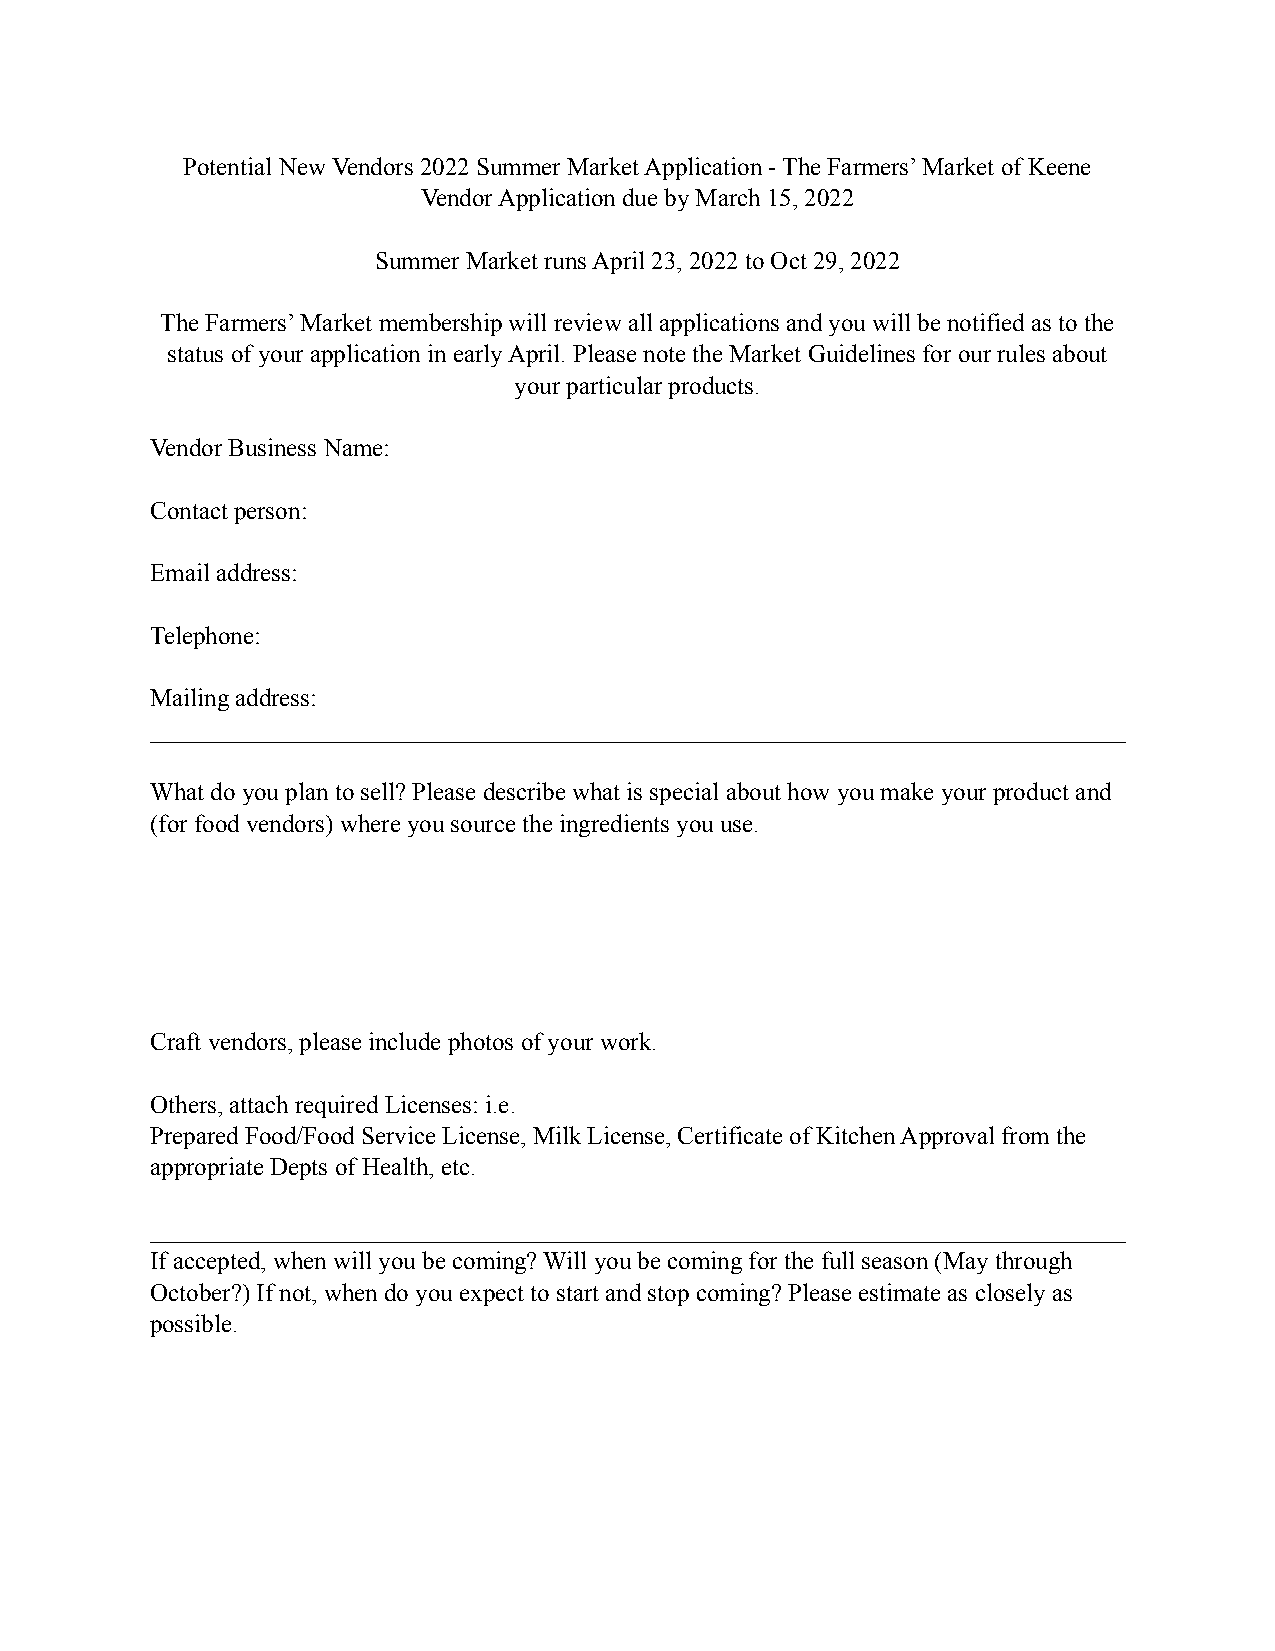
Potential New Vendors 2022 Summer Market Application - The Farmers’ Market of Keene
 Vendor Application due by March 15, 2022
 Summer Market runs April 23, 2022 to Oct 29, 2022
 The Farmers’ Market membership will review all applications and you will be notified as to the
 status of your application in early April. Please note the Market Guidelines for our rules about
 your particular products.
 Vendor Business Name:
 Contact person:
 Email address:
 Telephone:
 Mailing address:
 ______________________________________________________________________________
 What do you plan to sell? Please describe what is special about how you make your product and
 (for food vendors) where you source the ingredients you use.
 Craft vendors, please include photos of your work.
 Others, attach required Licenses: i.e.
 Prepared Food/Food Service License, Milk License, Certificate of Kitchen Approval from the
 appropriate Depts of Health, etc.
 ______________________________________________________________________________
 If accepted, when will you be coming? Will you be coming for the full season (May through
 October?) If not, when do you expect to start and stop coming? Please estimate as closely as
 possible.